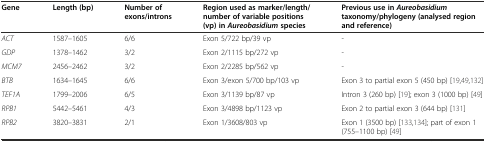
| Gene | Length (bp) | Number of exons/introns | Region used as marker/length/number of variable positions (vp) inAureobasidiumspecies | Previous use inAureobasidiumtaxonomy/phylogeny (analysed region and reference) |
 | --- | --- | --- | --- | --- |
 | ACT | 1587–1605 | 6/6 | Exon 5/722 bp/39 vp | - |
 | GDP | 1378–1462 | 3/2 | Exon 2/1115 bp/272 vp | - |
 | MCM7 | 2456–2462 | 3/2 | Exon 2/2285 bp/562 vp | - |
 | BTB | 1634–1645 | 6/6 | Exon 3/exon 5/700 bp/103 vp | Exon 3 to partial exon 5 (450 bp) [19, 49, 132] |
 | TEF1A | 1799–2006 | 6/5 | Exon 3/1139 bp/87 vp | Intron 3 (260 bp) [19]; exon 3 (1000 bp) [49] |
 | RPB1 | 5442–5461 | 4/3 | Exon 3/4898 bp/1123 vp | Exon 2 to partial exon 3 (644 bp) [131] |
 | RPB2 | 3820–3831 | 2/1 | Exon 1/3608/803 vp | Exon 1 (3500 bp) [133, 134]; part of exon 1 (755–1100 bp) [49] |